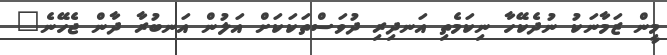
މީން ޒަމާނަކު ނުދެކޭހާ ނިކަމެތި އަނދިރި ދުވަސްތަކަކަށް އަލުން އަނބުރާ ދާން ޖެހޭނެ"